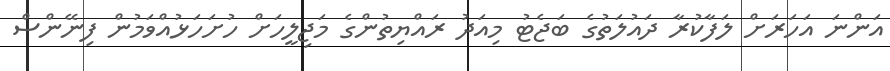
އަންނަ އަހަރަށް ލަފާކުރާ ދައުލަތުގެ ބަޖެޓު މިއަދު ރައްޔިތުންގެ މަޖިލީހަށް ހުށަހަޅުއްވަމުން ފިނޭންސް